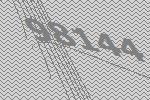
98144